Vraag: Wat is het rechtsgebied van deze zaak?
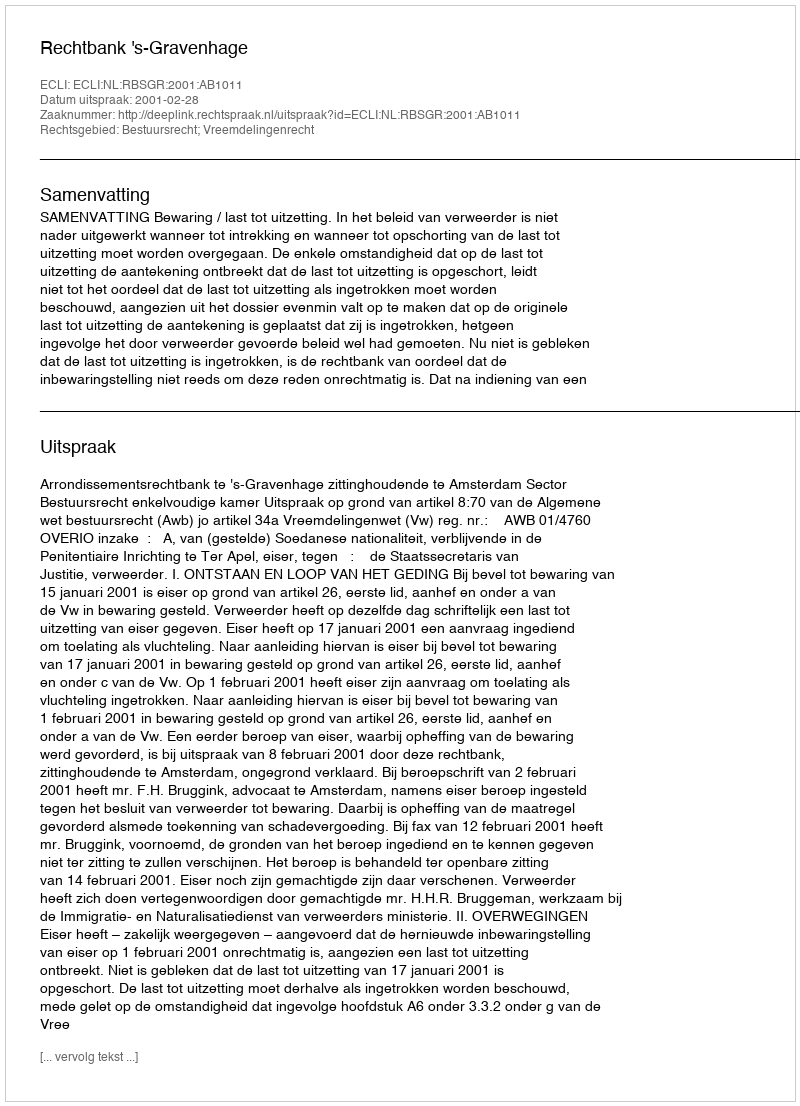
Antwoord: Bestuursrecht; Vreemdelingenrecht